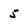
Character: 5